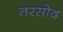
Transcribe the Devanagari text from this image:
तरसोद